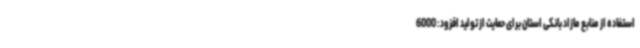
استفاده از منابع مازاد بانکی استان برای حمایت از تولید افزود: 6000